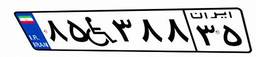
۸۵W۳۸۸۳۵